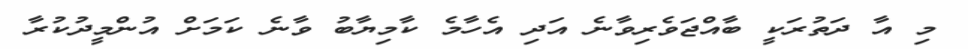
މި އާ ދަތުރަކީ ބާއްޖަވެރިވާނެ އަދި އެހާމެ ކާމިޔާބު ވާނެ ކަމަށް އުންމީދުކުރާ